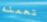
تعمله